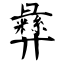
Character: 彞